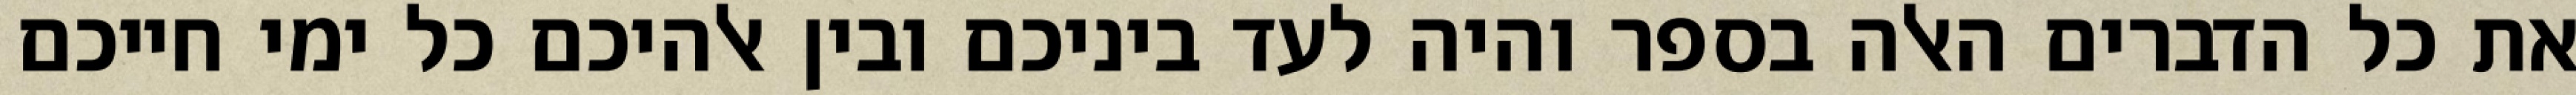
את כל הדברים האלה בספר והיה לעד ביניכם ובין אלהיכם כל ימי חייכם